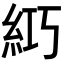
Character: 𥿣